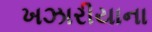
ખઝારીયાના